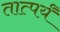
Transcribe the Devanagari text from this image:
तात्पर्यं